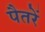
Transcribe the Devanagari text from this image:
पैतरें